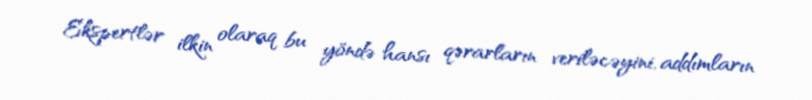
Ekspertlər ilkin olaraq bu yöndə hansı qərarların veriləcəyini, addımların